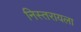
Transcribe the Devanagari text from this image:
निस्तरायला